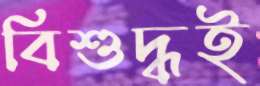
বিশুদ্ধই